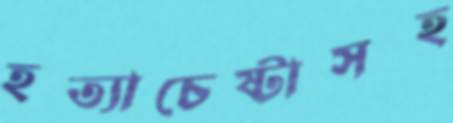
হত্যাচেষ্টাসহ